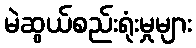
မဲဆွယ်စည်းရုံးမှုများ